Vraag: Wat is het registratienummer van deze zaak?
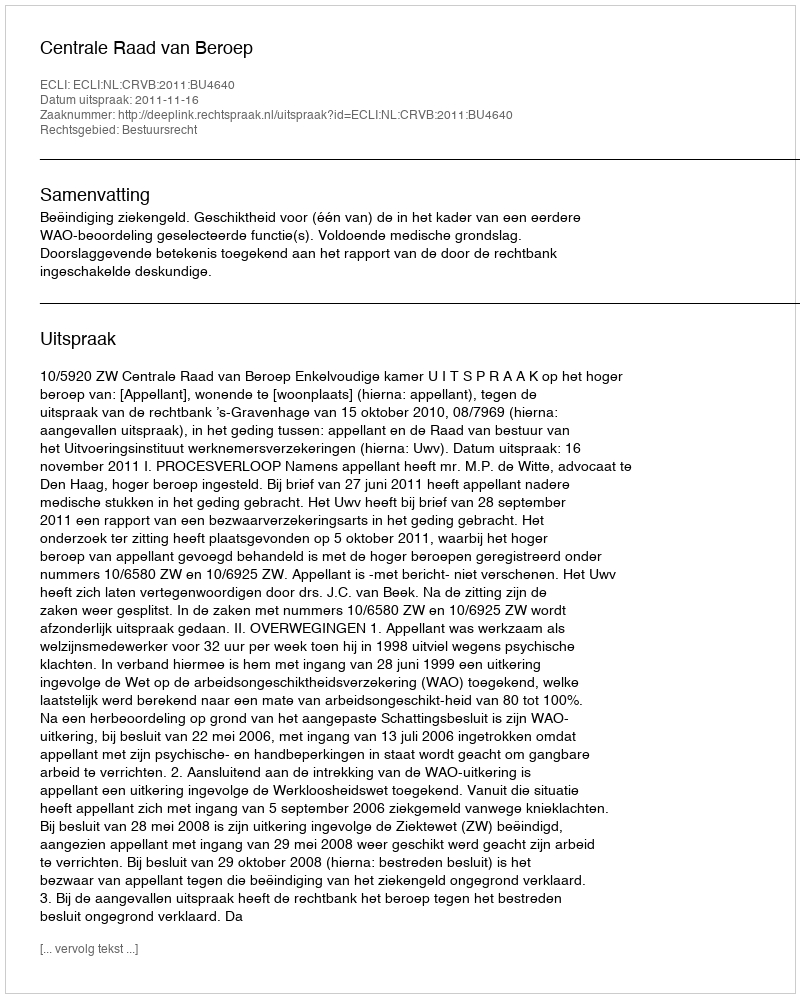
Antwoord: http://deeplink.rechtspraak.nl/uitspraak?id=ECLI:NL:CRVB:2011:BU4640